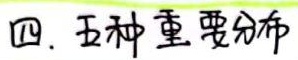
四. 五种重要分布